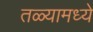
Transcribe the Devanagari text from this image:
तळ्यामध्ये